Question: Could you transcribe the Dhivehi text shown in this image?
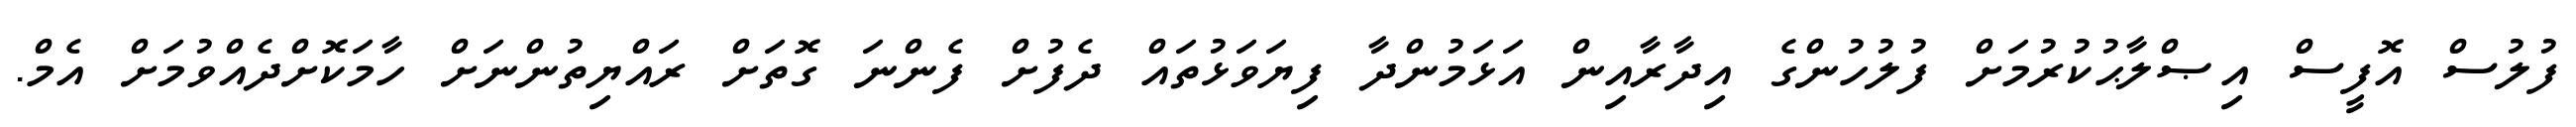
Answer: ފުލުސް އޮފީސް އިޞްލާޙުކުރުމަށް ފުލުހުންގެ އިދާރާއިން އަޅަމުންދާ ފިޔަވަޅުތައް ދެފުށް ފެންނަ ގޮތަށް ރައްޔިތުންނަށް ހާމަކޮށްދެއްވުމަށް އެމް.